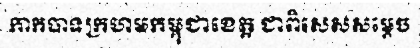
កាកបាទក្រហមកម្ពុជាខេត្ត ជាពិសេសសម្តេច